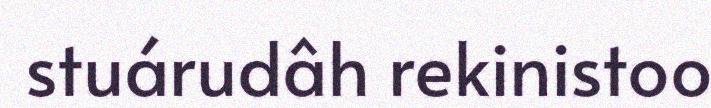
stuárudâh rekinistoo